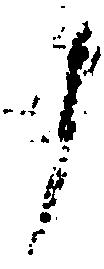
了